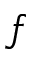
f